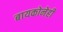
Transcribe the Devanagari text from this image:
बायकोनेही